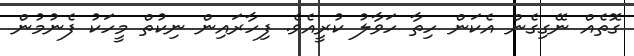
ގޮތެއް ނޭގިގެން އެކަން ހިތާ ހަވާލު ކުރީއެވެ. ފިހާރައިން ނިކުތް މީހަކު ފެނުމުން